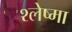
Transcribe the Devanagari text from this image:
श्‍लेष्‍मा